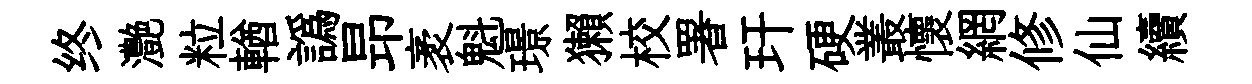
终灔粒輶譌昻袤魁璟獺校署玕硬叢懷網修仙續